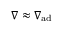
\nabla \approx \nabla _ { \mathrm { a d } }